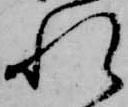
れ